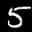
Label: 5